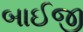
બાઈજી